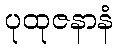
ပုထုဇနာနံ